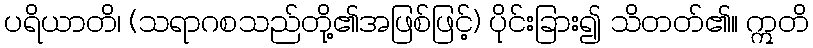
ပရိယာတိ၊ (သရာဂစသည်တို့၏အဖြစ်ဖြင့်) ပိုင်းခြား၍ သိတတ်၏။ ဣတိ